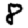
Digit: 8